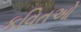
કવિતઓ